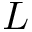
\cal { L }